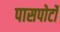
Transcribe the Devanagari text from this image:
पासपोर्टों